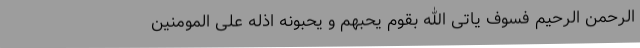
الرحمن الرحیم فسوف یاتی الله بقوم یحبهم و یحبونه اذله علی المومنین